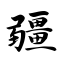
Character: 疆